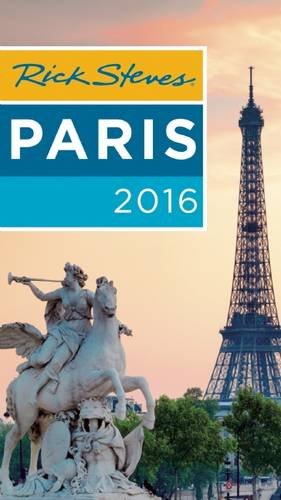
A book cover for Rick Steves Paris 2016; Rick Steves; Travel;